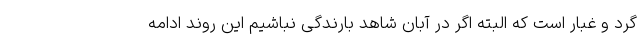
گرد و غبار است که البته اگر در آبان شاهد بارندگی نباشیم این روند ادامه